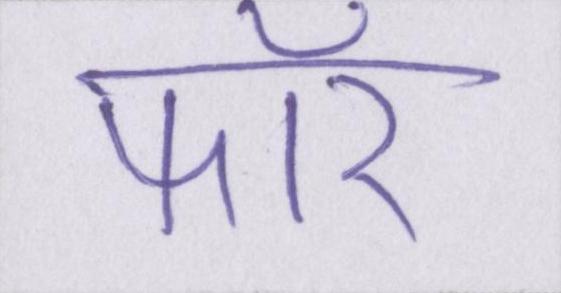
फॉर